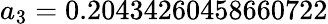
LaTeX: a_{3}=0.20434260458660722